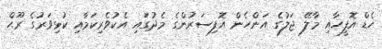
ހެޑް އޮފީހާއި މާލޭ ޖަލުގެ އަންހެން އޮފިސަރުންގެ މެދުގައި އެކުވެރިކަމާއި ކުޅިވަރުގެ ރޫޙް